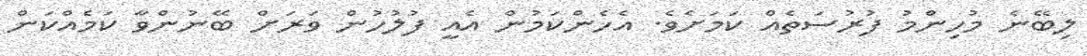
ލިބޭނެ މުހިންމު ފުރުސަތެއް ކަމަށެވެ. އެހެންކަމުން އެއީ ފުލުހުން ވަރަށް ބޭނުންވާ ކަމެއްކަން